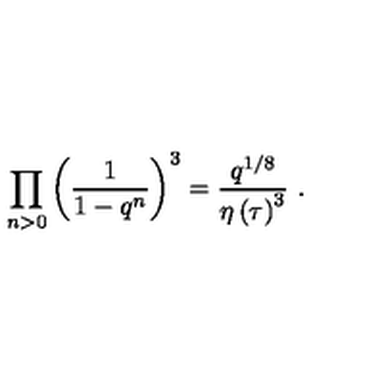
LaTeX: \prod _ { n > 0 } \left( \frac { 1 } { 1 - q ^ { n } } \right) ^ { 3 } = \frac { q ^ { 1 / 8 } } { \eta \left( \tau \right) ^ { 3 } } \ .